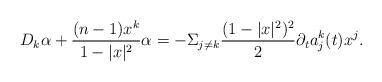
LaTeX: \begin{align*} D_k\alpha+\frac{(n-1)x^k}{1-|x|^2}\alpha=-\Sigma_{j\not=k}\frac{(1-|x|^2)^2}{2}\partial_ta^k_j(t)x^j. \end{align*}